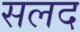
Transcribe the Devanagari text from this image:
सलद